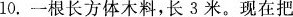
10.一根长方体木料，长3米。现在把